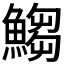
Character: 𩺥